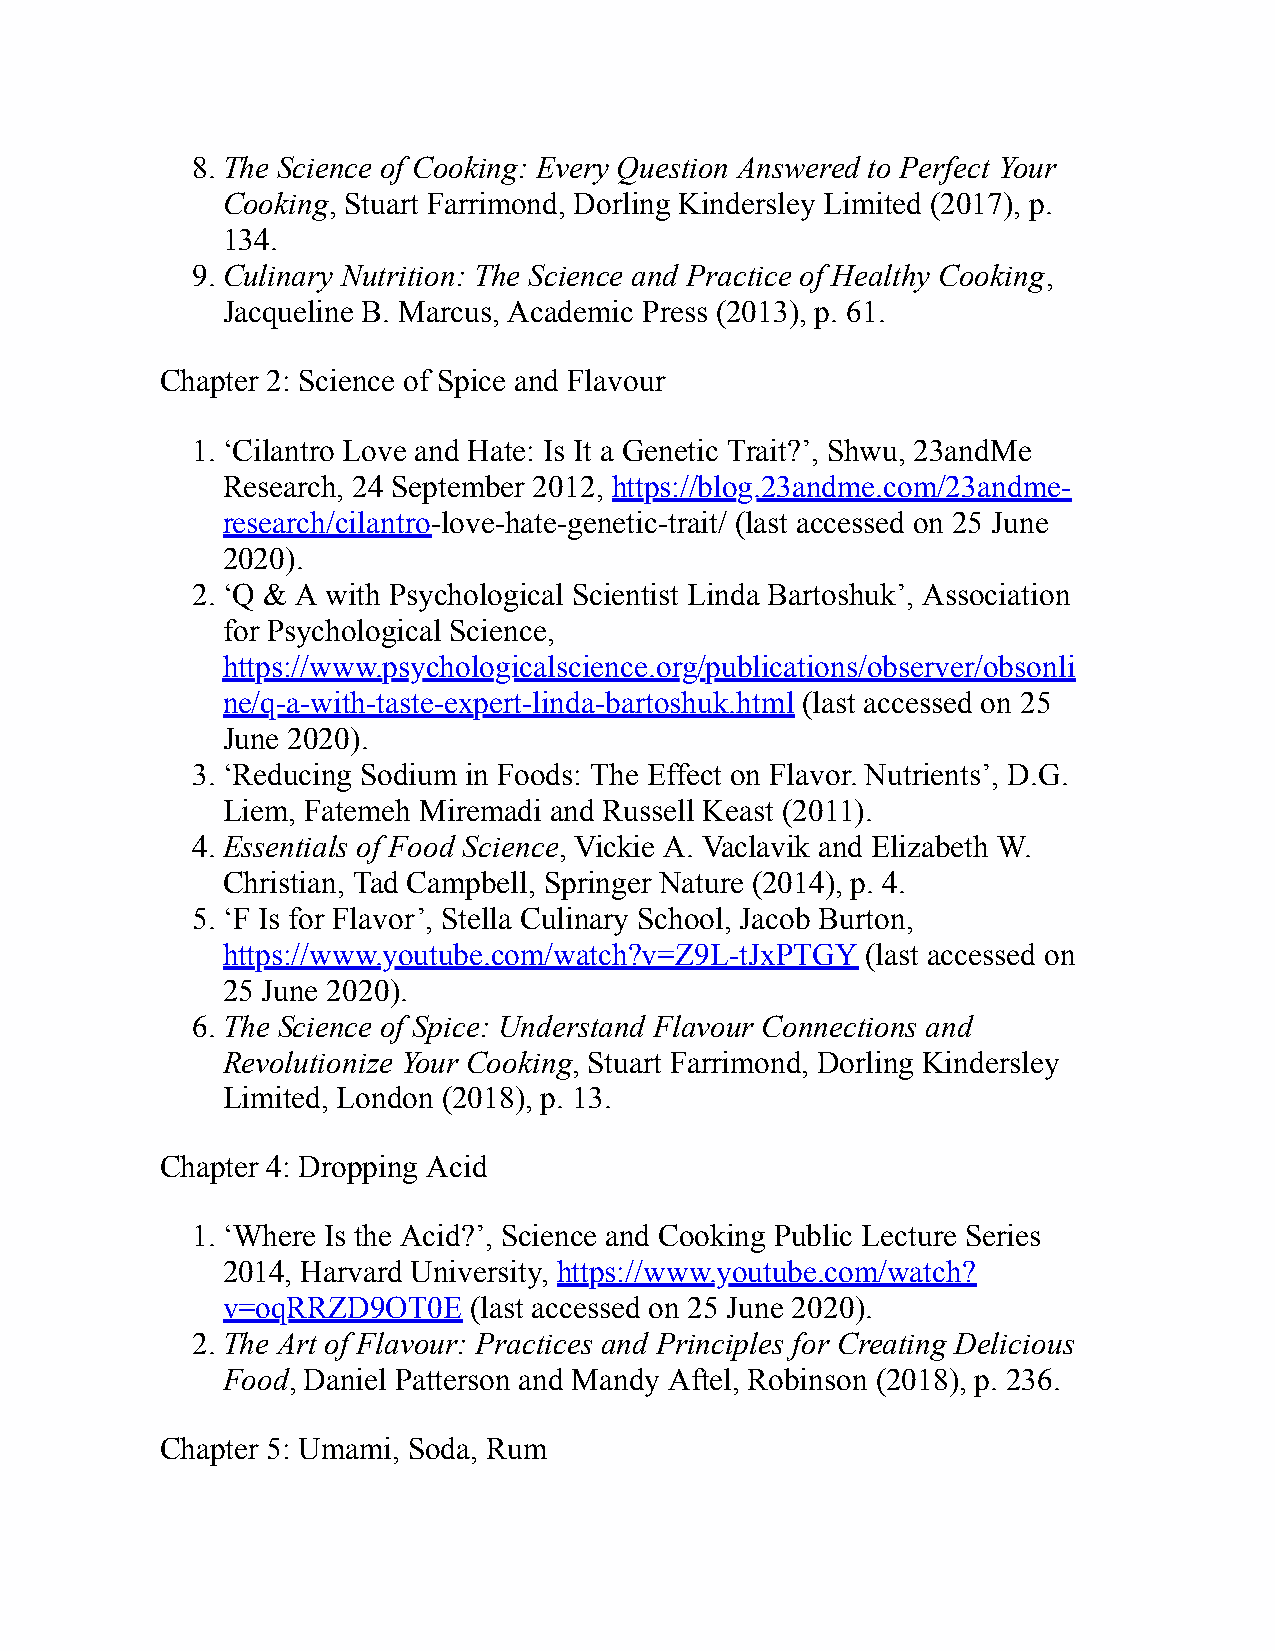
8. The Science of Cooking: Every Question Answered to Perfect Your
 Cooking, Stuart Farrimond, Dorling Kindersley Limited (2017), p.
 134.
 9. Culinary Nutrition: The Science and Practice of Healthy Cooking,
 Jacqueline B. Marcus, Academic Press (2013), p. 61.
 Chapter 2: Science of Spice and Flavour
 1. ‘Cilantro Love and Hate: Is It a Genetic Trait?’, Shwu, 23andMe
 Research, 24 September 2012, https://blog.23andme.com/23andme-
 research/cilantro-love-hate-genetic-trait/ (last accessed on 25 June
 2020).
 2. ‘Q & A with Psychological Scientist Linda Bartoshuk’, Association
 for Psychological Science,
 https://www.psychologicalscience.org/publications/observer/obsonli
 ne/q-a-with-taste-expert-linda-bartoshuk.html (last accessed on 25
 June 2020).
 3. ‘Reducing Sodium in Foods: The Effect on Flavor. Nutrients’, D.G.
 Liem, Fatemeh Miremadi and Russell Keast (2011).
 4. Essentials of Food Science, Vickie A. Vaclavik and Elizabeth W.
 Christian, Tad Campbell, Springer Nature (2014), p. 4.
 5. ‘F Is for Flavor’, Stella Culinary School, Jacob Burton,
 https://www.youtube.com/watch?v=Z9L-tJxPTGY (last accessed on
 25 June 2020).
 6. The Science of Spice: Understand Flavour Connections and
 Revolutionize Your Cooking, Stuart Farrimond, Dorling Kindersley
 Limited, London (2018), p. 13.
 Chapter 4: Dropping Acid
 1. ‘Where Is the Acid?’, Science and Cooking Public Lecture Series
 2014, Harvard University, https://www.youtube.com/watch?
 v=oqRRZD9OT0E   (last accessed on 25 June 2020).
 2. The Art of Flavour: Practices and Principles for Creating Delicious
 Food, Daniel Patterson and Mandy Aftel, Robinson (2018), p. 236.
 Chapter 5: Umami, Soda, Rum